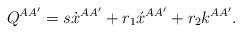
LaTeX: \begin{align*}Q^{AA'}=s\dot{x}{}^{AA'} + r_{1}\acute{x}{}^{AA'} + r_{2}k^{AA'}.\end{align*}